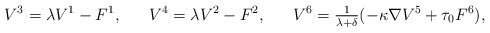
\begin{align*}V^{3} &= \lambda V^{1} - F^{1}, &V^{4} &= \lambda V^{2} - F^{2}, &V^{6} &= \tfrac{1}{\lambda + \delta} (- \kappa \nabla V^{5} + \tau_{0} F^{6}), \end{align*}